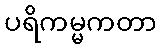
ပရိကမ္မကတာ